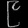
Digit: ၉